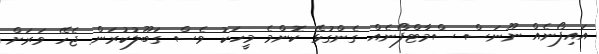
އައިފޯނެއް ނޫނަސް ސްމާޓްފޯނެއް ގެންގުޅޭ ކޮންމެ މީހަކު ވެސް ގަބޫލުކުރަން ޖެހޭ ވަރަށް